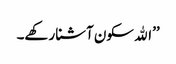
’’اﷲ سکون آشنا رکھے۔